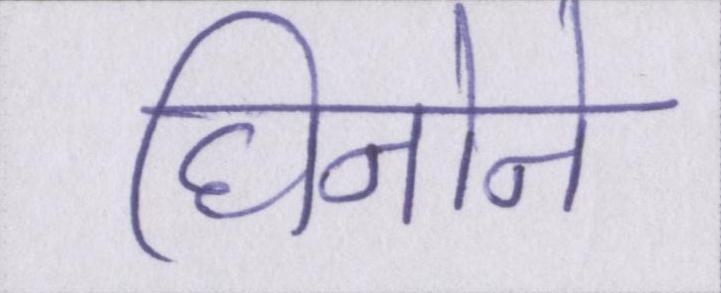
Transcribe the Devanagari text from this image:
घिनोने